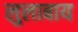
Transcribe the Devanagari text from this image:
लुलाबाय